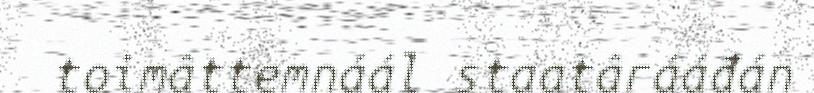
toimâttemnáál staatârááđán